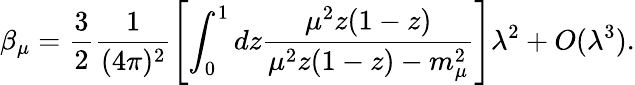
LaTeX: \beta_{\mu}=\frac{3}{2}\frac{1}{(4\pi)^{2}}\left[\int_{0}^{1}dz\frac{\mu^{2}z(1-z)}{\mu^{2}z(1-z)-m_{\mu}^{2}}\right]\lambda^{2}+O(\lambda^{3}).